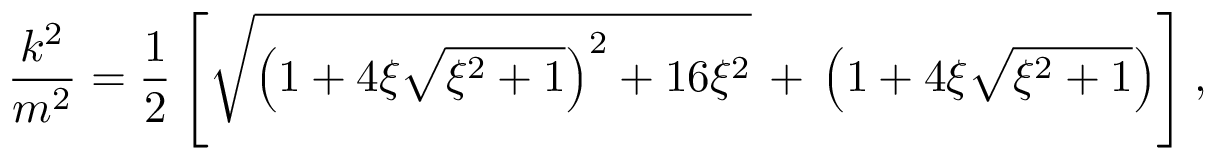
\frac { k ^ { 2 } } { m ^ { 2 } } = \frac { 1 } { 2 } \left[ \sqrt { \left( 1 + 4 \xi \sqrt { \xi ^ { 2 } + 1 } \right) ^ { 2 } + 1 6 \xi ^ { 2 } } \, + \, \left( 1 + 4 \xi \sqrt { \xi ^ { 2 } + 1 } \right) \right] ,